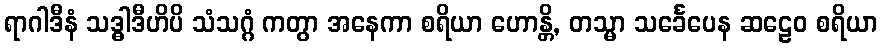
ရာဂါဒီနံ သဒ္ဓါဒီဟိပိ သံသဂ္ဂံ ကတွာ အနေကာ စရိယာ ဟောန္တိ, တသ္မာ သင်္ခေပေန ဆဠေဝ စရိယာ